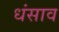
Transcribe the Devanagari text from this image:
धंसाव